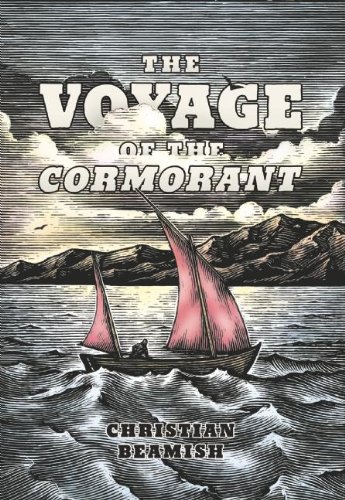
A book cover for The Voyage of the Cormorant; Christian Beamish; Sports & Outdoors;